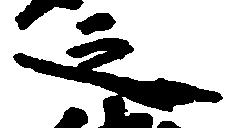
之